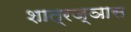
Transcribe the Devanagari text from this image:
शात्रज्ञास